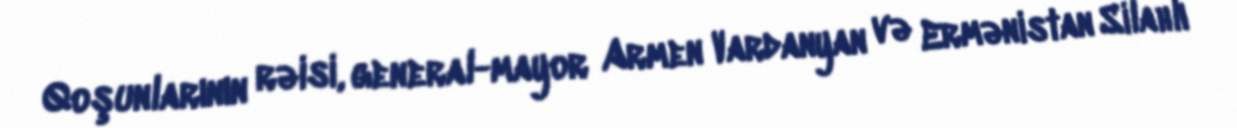
Qoşunlarının rəisi, general-mayor Armen Vardanyan və Ermənistan Silahlı